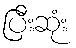
ပြီးဆုံး